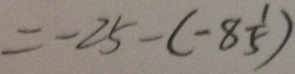
= - 2 5 - ( - 8 \frac { 1 } { 5 } )